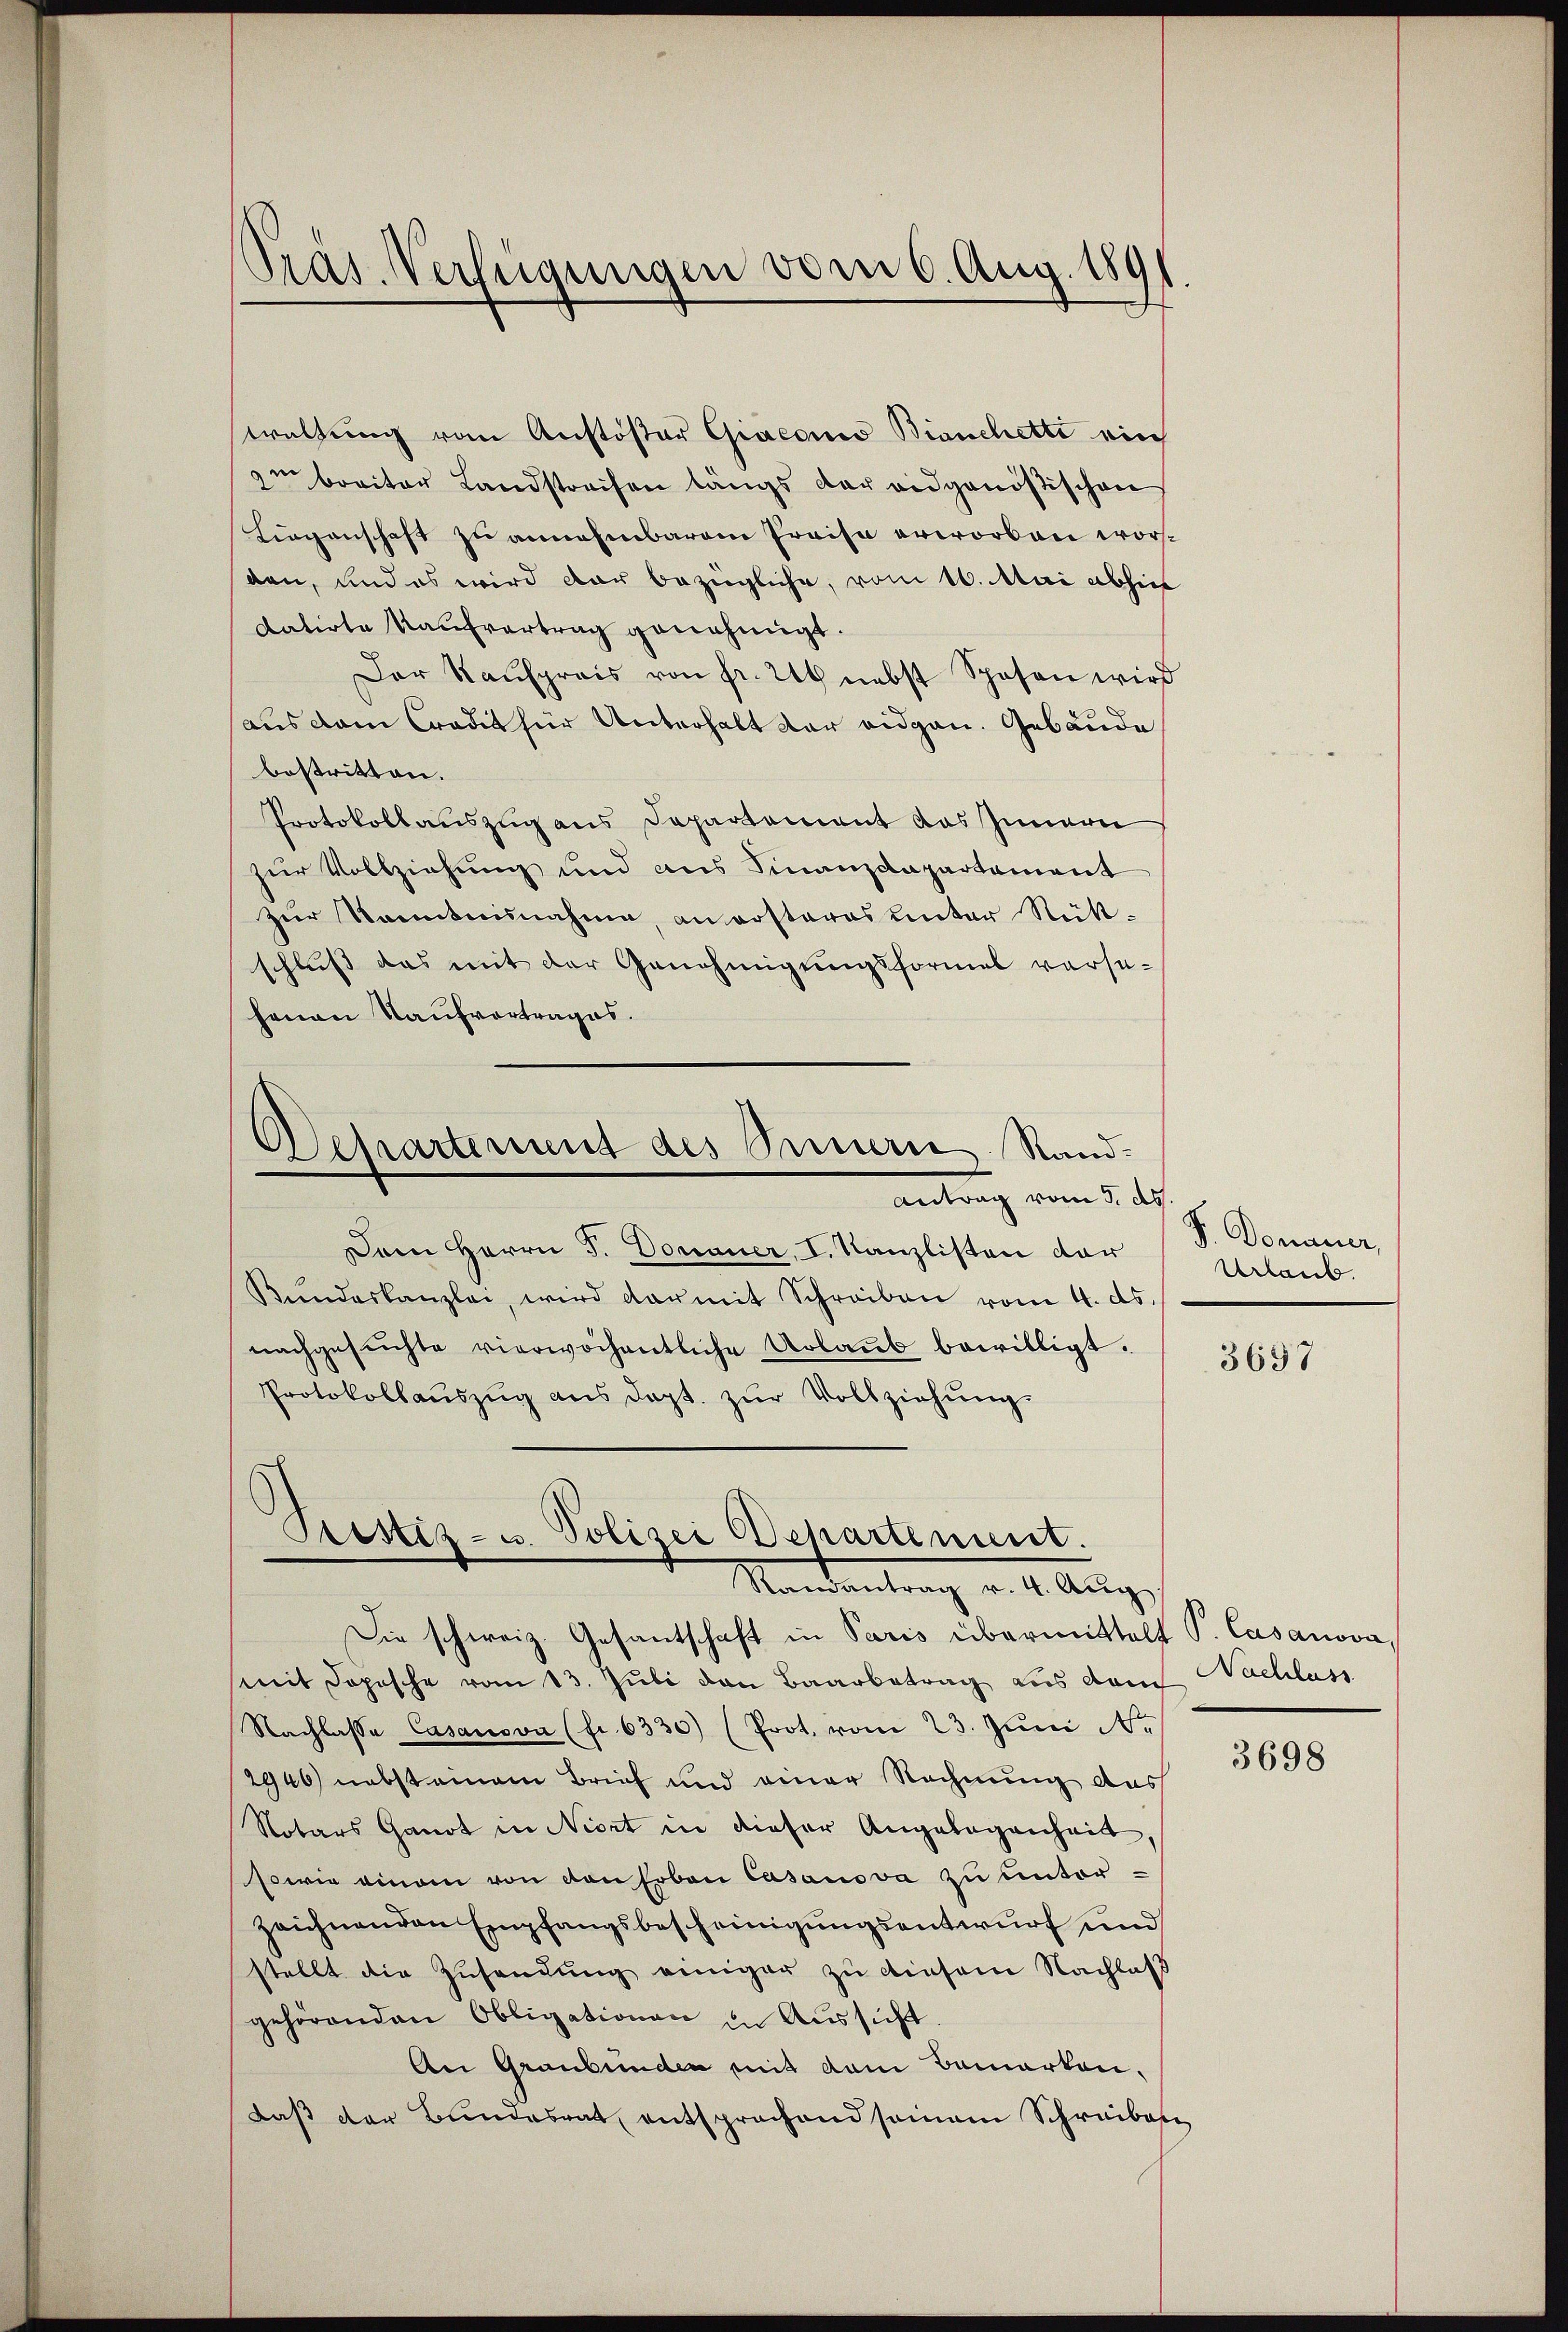
waltung vom Anstöster Giacon Bianchetti ein
zu breiter Landstreifen längs der eidgenößischen
Liegenschaft zu annehmbarem Preise erworben worden, und es wird der bezügliche, vom 16. Mai abhin
datirte Kaufvertrag genehmigt.
Der Kaŭfpreis von fr. 246 nebst Spesen wird
aus dem Credit für Unterhalt der eidgen. Gebäude
bestritten.
Protokollauszug aus Departement das Innern
zur Vollziehung und aus Finanzdepartement
zur Kenntnisnahme, an rosteres unter Rück-
schluss das mit der Genehmigungsformel versehenan Kaufvertrages.

Präs. Verfügungen vom 6. Aug. 1891

Departement des Sinnern Rand.
Antrag vom 3. ds.

Dem Herrn J. Donauer, I. Kanzlisten der
Kŭndeskanzlei, wird darmit Schreiben vom 4. ds.
nachgesŭchte vierwöchentliche Urlaŭb bewilligt.
Protokollaŭszŭg ans dept. zŭr Vollziehŭng.

Ptestiz- u. Polizei Departement.
Randantrag v. 4. Aŭg.

Die schweiz. Gesantschaft in Paris übermittelt P. Casanova
mit dopesche vom 13. Juli den Baarbetrag aus dem Nachlass
Nachlasse Casanova (fr. 6330) (Prot. vom 23. Juni N.
2946) nebst einem Brief und einer Rechnung des
Notars Ganot in Niert in dieser Angelegenheit,
sowie einem von den Erbau Casanova zu unterzeichnenden Empfangsbescheinigungsentwurf und
stellt die Zusendung einiger zu diesem Nachlaß
gehörenden Obligationen in Aussicht.
An Graubünden mit dem Bemerken,
daß der Bundesrat entsprochend seinem Schreiben

S. Domaner
Urlaub.

3697

3698